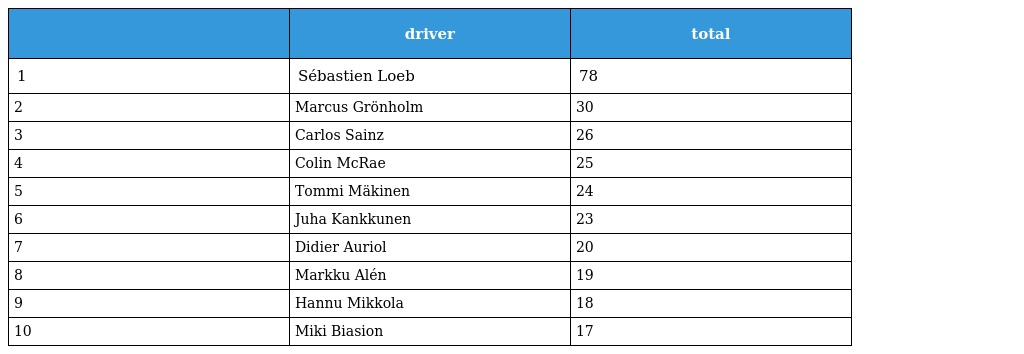
|  | driver | total |
 | --- | --- | --- |
 | 1 | Sébastien Loeb | 78 |
 | 2 | Marcus Grönholm | 30 |
 | 3 | Carlos Sainz | 26 |
 | 4 | Colin McRae | 25 |
 | 5 | Tommi Mäkinen | 24 |
 | 6 | Juha Kankkunen | 23 |
 | 7 | Didier Auriol | 20 |
 | 8 | Markku Alén | 19 |
 | 9 | Hannu Mikkola | 18 |
 | 10 | Miki Biasion | 17 |